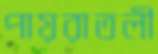
পায়রাতলী